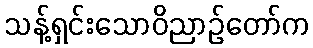
သန့်ရှင်းသောဝိညာဉ်တော်က